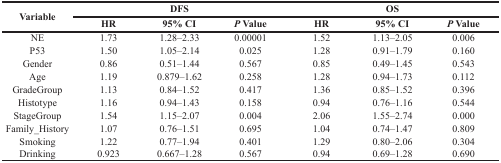
<table><thead><tr><td rowspan="2"><b>Variable</b></td><td colspan="3"><b>DFS</b></td><td colspan="3"><b>OS</b></td></tr><tr><td><b>HR</b></td><td><b>95% CI</b></td><td><b><i>P</i> Value</b></td><td><b>HR</b></td><td><b>95% CI</b></td><td><b><i>P</i>Value</b></td></tr></thead><tbody><tr><td>NE</td><td>1.73</td><td>1.28–2.33</td><td>0.00001</td><td>1.52</td><td>1.13–2.05</td><td>0.006</td></tr><tr><td>P53</td><td>1.50</td><td>1.05–2.14</td><td>0.025</td><td>1.28</td><td>0.91–1.79</td><td>0.160</td></tr><tr><td>Gender</td><td>0.86</td><td>0.51–1.44</td><td>0.567</td><td>0.85</td><td>0.49–1.45</td><td>0.543</td></tr><tr><td>Age</td><td>1.19</td><td>0.879–1.62</td><td>0.258</td><td>1.28</td><td>0.94–1.73</td><td>0.112</td></tr><tr><td>GradeGroup</td><td>1.13</td><td>0.84–1.52</td><td>0.417</td><td>1.36</td><td>0.85–1.52</td><td>0.396</td></tr><tr><td>Histotype</td><td>1.16</td><td>0.94–1.43</td><td>0.158</td><td>0.94</td><td>0.76–1.16</td><td>0.544</td></tr><tr><td>StageGroup</td><td>1.54</td><td>1.15–2.07</td><td>0.004</td><td>2.06</td><td>1.55–2.74</td><td>0.000</td></tr><tr><td>Family_History</td><td>1.07</td><td>0.76–1.51</td><td>0.695</td><td>1.04</td><td>0.74–1.47</td><td>0.809</td></tr><tr><td>Smoking</td><td>1.22</td><td>0.77–1.94</td><td>0.401</td><td>1.29</td><td>0.80–2.06</td><td>0.304</td></tr><tr><td>Drinking</td><td>0.923</td><td>0.667–1.28</td><td>0.567</td><td>0.94</td><td>0.69–1.28</td><td>0.690</td></tr></tbody></table>